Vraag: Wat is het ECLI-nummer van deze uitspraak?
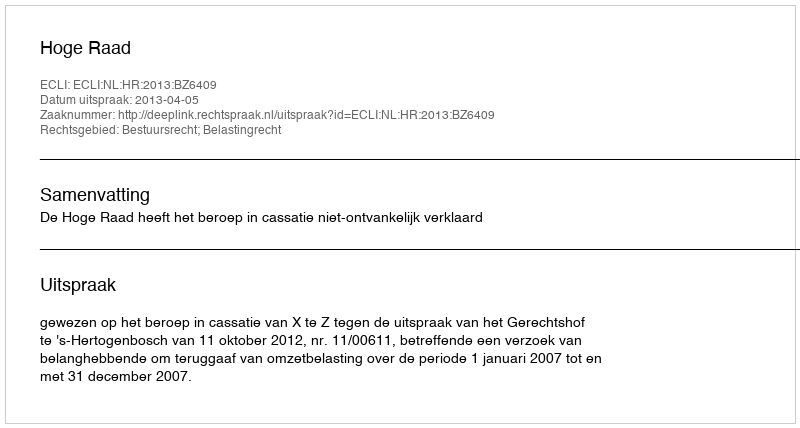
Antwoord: ECLI:NL:HR:2013:BZ6409